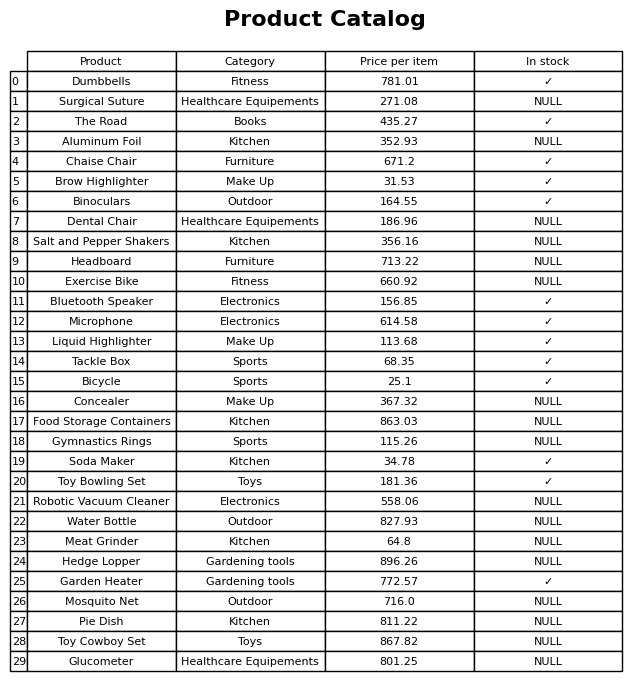
question: What is the price of the Brow Highlighter?
answer: The price of Brow Highlighter is 31.53.